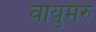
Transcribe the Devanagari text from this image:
वायुमरु